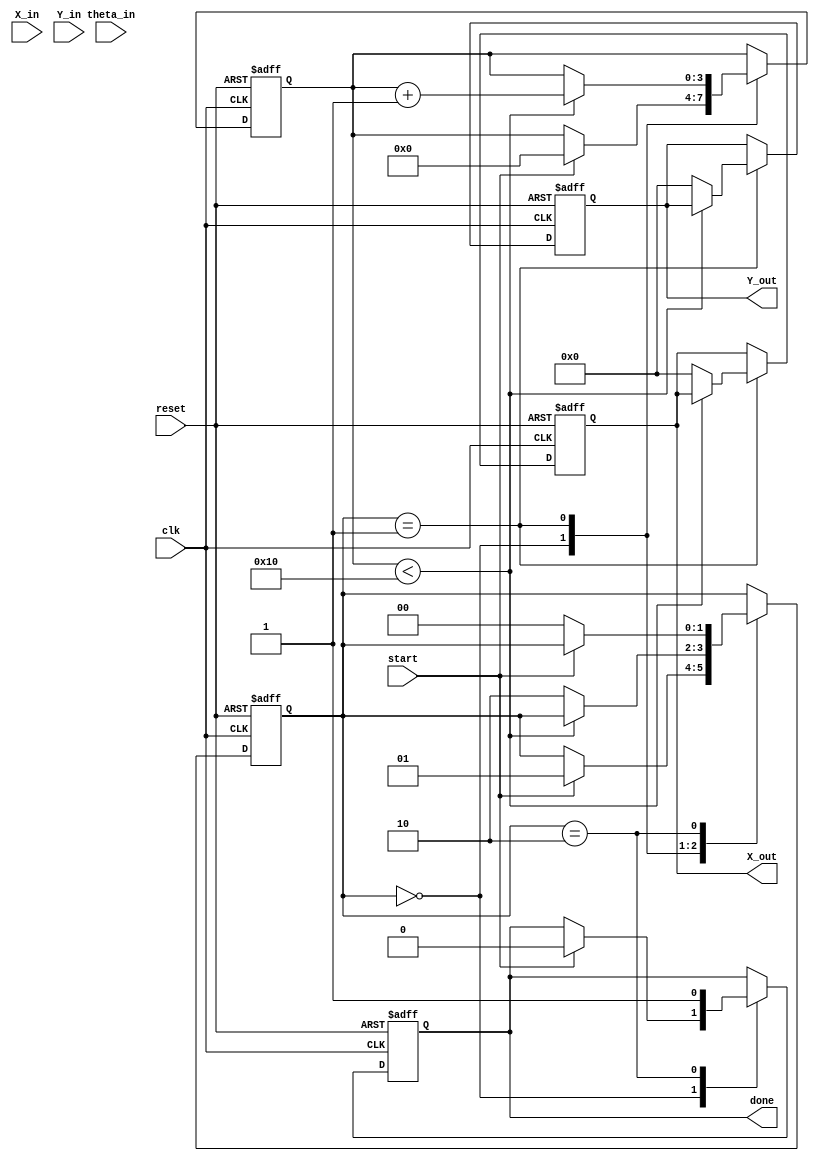
module cordic (
    input wire clk,
    input wire reset,
    input wire start,
    input wire signed [15:0] X_in, // Input X coordinate
    input wire signed [15:0] Y_in, // Input Y coordinate
    input wire signed [15:0] theta_in, // Input angle (in fixed-point format)
    output reg signed [15:0] X_out, // Output X coordinate
    output reg signed [15:0] Y_out, // Output Y coordinate
    output reg done // Operation done signal
);

    // Parameters
    parameter N = 16; // Number of iterations
    parameter FIXED_POINT_SCALE = 16'h26DD; // Scaling factor (for normalization)

    // Registers
    reg signed [15:0] X_reg, Y_reg, theta_reg;
    reg [3:0] iteration; // Iteration counter
    reg [1:0] state; // FSM state

    // CORDIC constants (atan(2^-i) for i = 0 to N-1)
    reg signed [15:0] atan_table [0:N-1];

    initial begin
        // Initialize atan_table with precomputed values
        atan_table[0] = 16'h2000; // atan(1) in fixed-point
        atan_table[1] = 16'h1666; // atan(0.5)
        atan_table[2] = 16'h0D89; // atan(0.25)
        atan_table[3] = 16'h05A8; // atan(0.125)
        // ... Fill in the rest of the table ...
        atan_table[15] = 16'h0001; // atan(2^-15)
    end

    // FSM states
    localparam IDLE = 2'b00;
    localparam RUN = 2'b01;
    localparam DONE = 2'b10;

    always @(posedge clk or posedge reset) begin
        if (reset) begin
            // Reset all registers and outputs
            X_reg <= 0;
            Y_reg <= 0;
            theta_reg <= 0;
            iteration <= 0;
            state <= IDLE;
            done <= 0;
            X_out <= 0;
            Y_out <= 0;
        end else begin
            case (state)
                IDLE: begin
                    if (start) begin
                        // Initialize registers
                        X_reg <= X_in;
                        Y_reg <= Y_in;
                        theta_reg <= theta_in;
                        iteration <= 0;
                        state <= RUN;
                        done <= 0;
                    end
                end

                RUN: begin
                    if (iteration < N) begin
                        // Perform CORDIC rotation
                        if (theta_reg < 0) begin
                            // Counter-clockwise rotation
                            X_reg <= X_reg + (Y_reg >>> iteration);
                            Y_reg <= Y_reg - (X_reg >>> iteration);
                            theta_reg <= theta_reg + atan_table[iteration];
                        end else begin
                            // Clockwise rotation
                            X_reg <= X_reg - (Y_reg >>> iteration);
                            Y_reg <= Y_reg + (X_reg >>> iteration);
                            theta_reg <= theta_reg - atan_table[iteration];
                        end
                        iteration <= iteration + 1;
                    end else begin
                        // Operation complete
                        X_out <= X_reg * FIXED_POINT_SCALE >>> 16; // Normalize output
                        Y_out <= Y_reg * FIXED_POINT_SCALE >>> 16; // Normalize output
                        state <= DONE;
                    end
                end

                DONE: begin
                    done <= 1; // Signal that operation is done
                    if (!start) begin
                        state <= IDLE; // Go back to IDLE state
                    end
                end
            endcase
        end
    end
endmodule